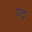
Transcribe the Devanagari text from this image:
ण्द